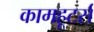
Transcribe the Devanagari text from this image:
कामहूटर्स